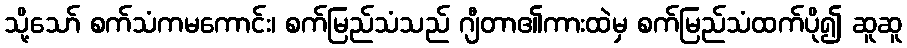
သို့သော် စက်သံကမကောင်း၊ စက်မြည်သံသည် ဂျီတာ၏ကားထဲမှ စက်မြည်သံထက်ပို၍ ဆူဆူ